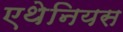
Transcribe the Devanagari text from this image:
एथेनियस